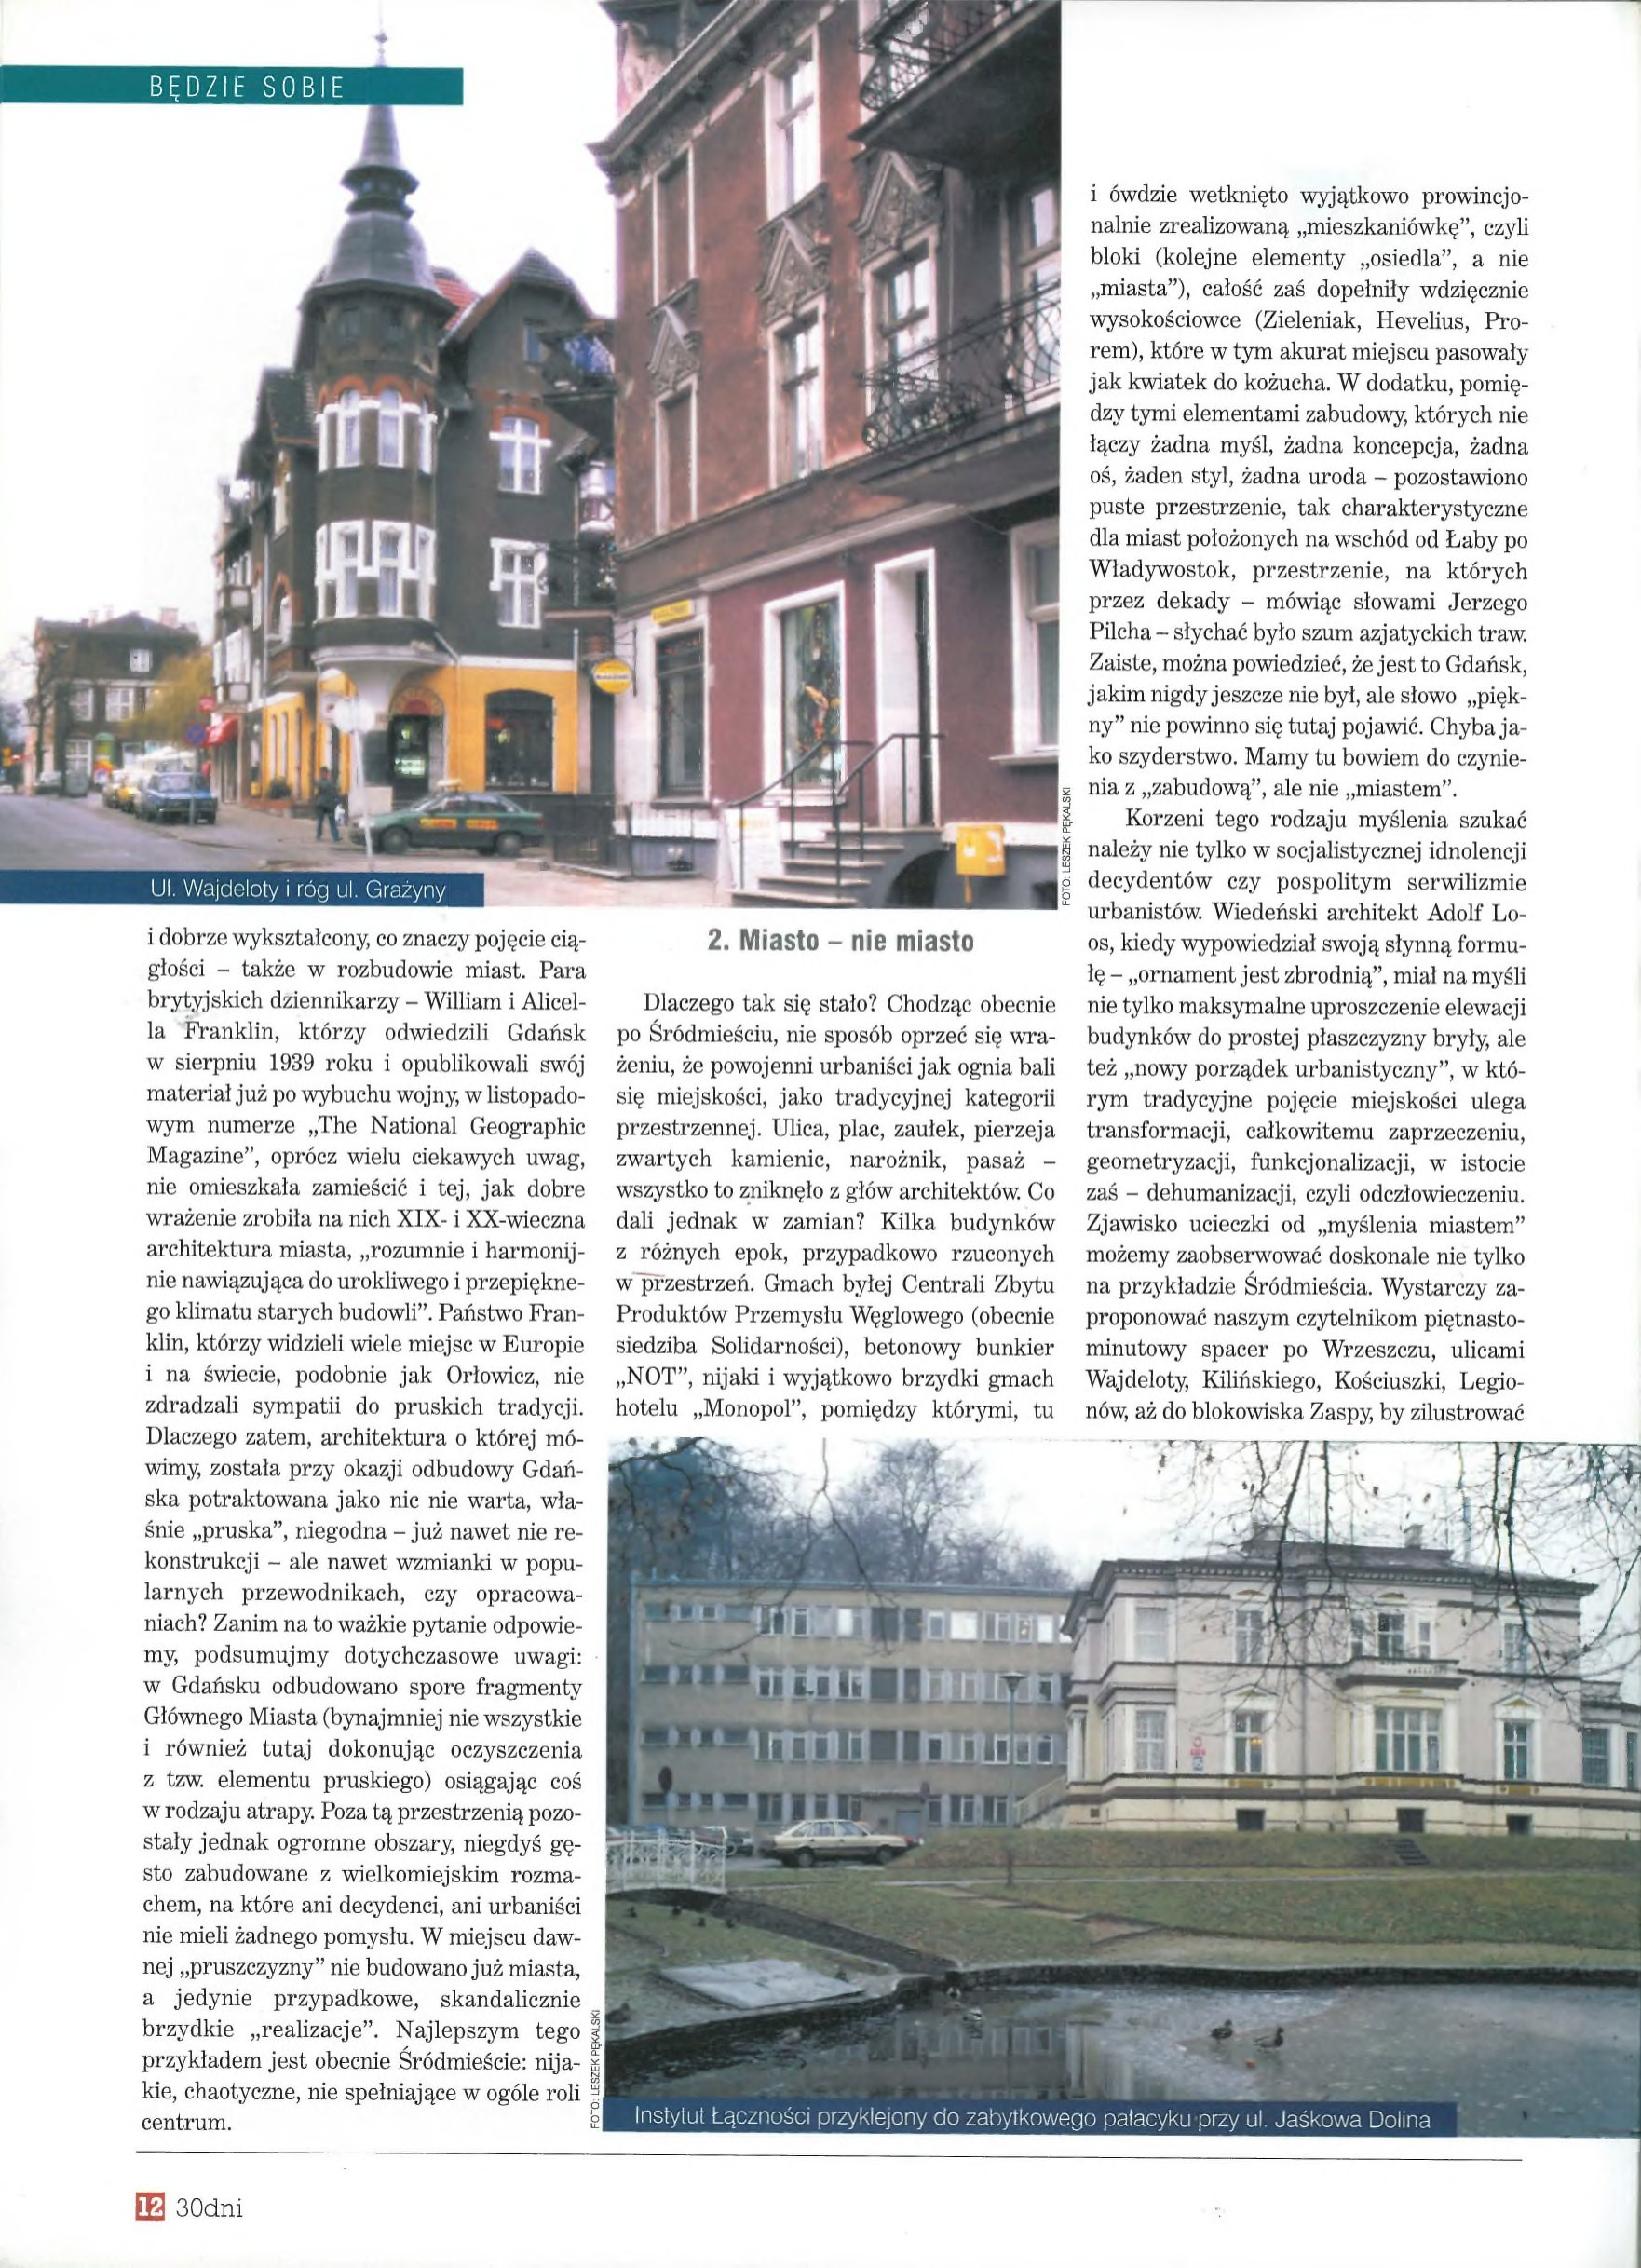
Language: pl